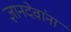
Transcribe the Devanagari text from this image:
ज्ञानदेवांना